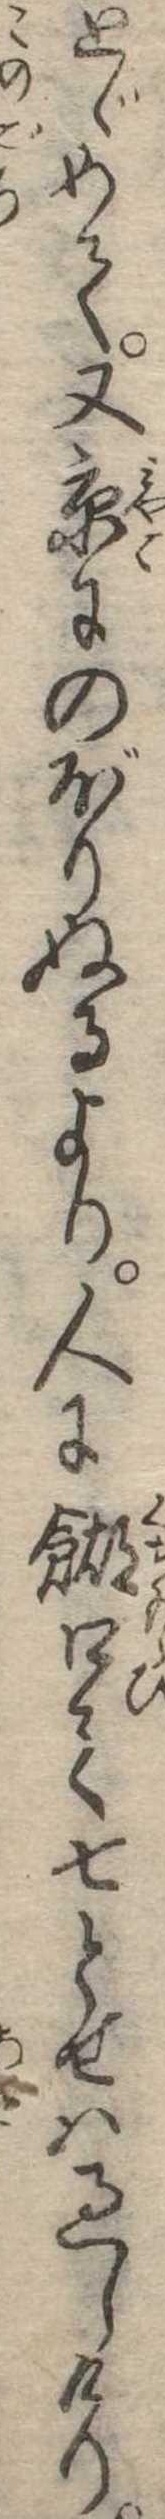
とゞめて又京にのぼりぬるより人に餬口て七とせは過しけり